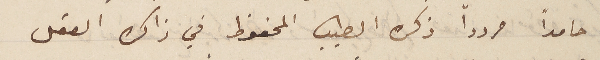
حامدًا مرددًا ذكره الطيب المحفوظ في ذاكرة العقل